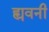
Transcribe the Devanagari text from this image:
ह्यवनी